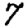
Digit: 7